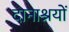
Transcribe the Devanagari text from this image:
दानाश्रयों